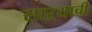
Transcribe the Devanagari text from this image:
साऱ्याची